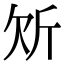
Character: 𭤠